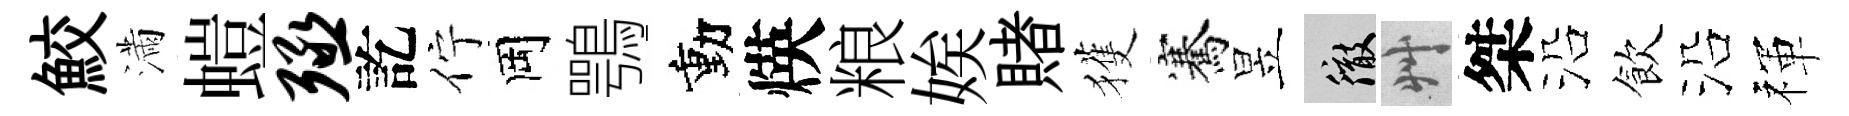
鮫滿螘殛訖佇岡鶚動煐粮娭賭獲騫昱徹艸桀沿飲沿禈